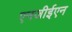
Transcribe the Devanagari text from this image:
एनजीईएन